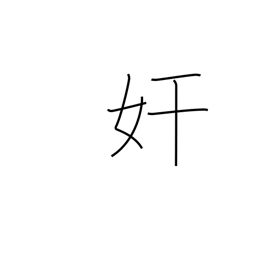
Meaning: mischief